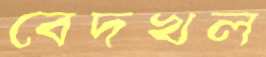
বেদখল